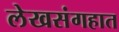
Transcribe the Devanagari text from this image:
लेखसंगहात